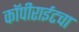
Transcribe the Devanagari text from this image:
कॉपीराईटचा